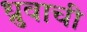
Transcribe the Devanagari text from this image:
ध्रुवाची